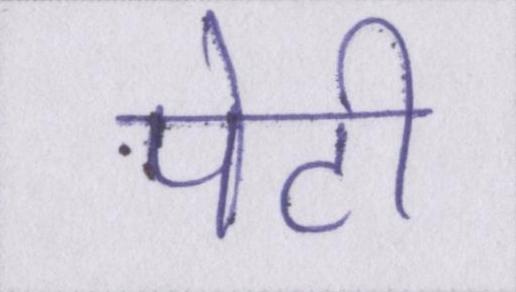
पेटी